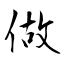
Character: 做